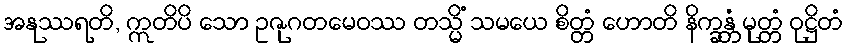
အနုဿရတိ, ဣတိပိ သော ဥဇုဂတမေဝဿ တသ္မိံ သမယေ စိတ္တံ ဟောတိ နိက္ခန္တံ မုတ္တံ ဝုဋ္ဌိတံ